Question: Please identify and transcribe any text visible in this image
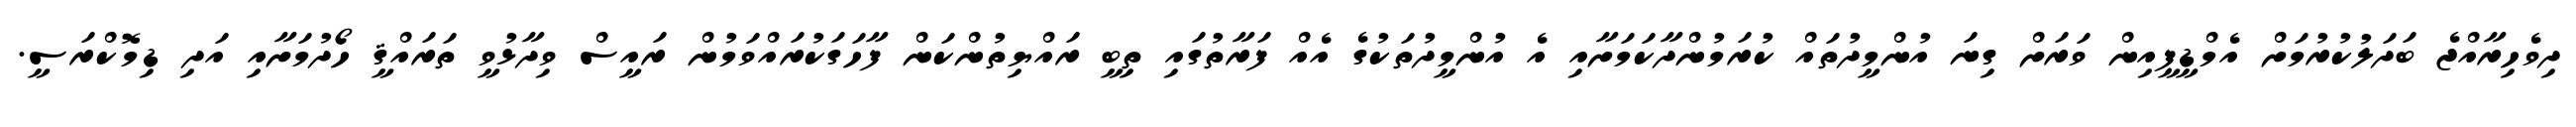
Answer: ދިވެހިރާއްޖެ ބަދަލުކުރުމަށް އެމްޑީޕީއިން ވަރަށް ގިނަ އުންމީދުތައް ކުރަމުންދާކަމަށާއި އެ އުންމީދުތަކުގެ އެއް ފަރާތުގައި ތިބީ ރައްޔިތުންކަން ފާހަގަކުރައްވަމުން ރައީސް ވިދާޅުވީ ތަރައްޤީ ހޯދުމަށާއި އަދި ޑިމޮކްރަސީ.